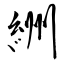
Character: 絒